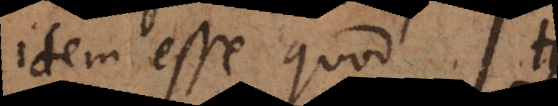
idem esse quod